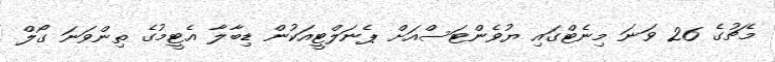
މެޗުގެ 26 ވަނަ މިނެޓްގައި ޔުވެންޓަސްއަށް ޕެނަލްޓީއަކުން ޑިބާލާ އެޓީމުގެ ތިންވަނަ ގޯލް